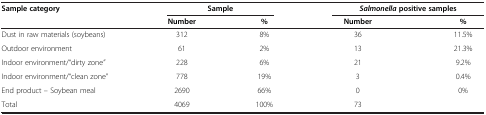
<table><thead><tr><td rowspan="2"><b>Sample category</b></td><td colspan="2"><b>Sample</b></td><td colspan="2"><b><i>Salmonella</i>positive samples</b></td></tr><tr><td><b>Number</b></td><td><b>%</b></td><td><b>Number</b></td><td><b>%</b></td></tr></thead><tbody><tr><td>Dust in raw materials (soybeans)</td><td>312</td><td>8%</td><td>36</td><td>11.5%</td></tr><tr><td>Outdoor environment</td><td>61</td><td>2%</td><td>13</td><td>21.3%</td></tr><tr><td>Indoor environment/“dirty zone”</td><td>228</td><td>6%</td><td>21</td><td>9.2%</td></tr><tr><td>Indoor environment/“clean zone”</td><td>778</td><td>19%</td><td>3</td><td>0.4%</td></tr><tr><td>End product – Soybean meal</td><td>2690</td><td>66%</td><td>0</td><td>0%</td></tr><tr><td>Total</td><td>4069</td><td>100%</td><td>73</td><td> </td></tr></tbody></table>